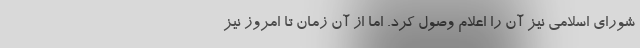
شورای اسلامی نیز آن را اعلام وصول کرد. اما از آن زمان تا امروز نیز